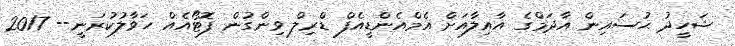
ޝަހީދު ޙުސައިން އާދަމްގެ އާއިލާއަށް އެމްއެންޑީއެފް ޑްރިލް ވިންގުން ފޮޓޯއެއް ހަވާލުކުރަނީ-- 2017